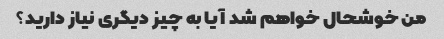
من خوشحال خواهم شد آیا به چیز دیگری نیاز دارید؟